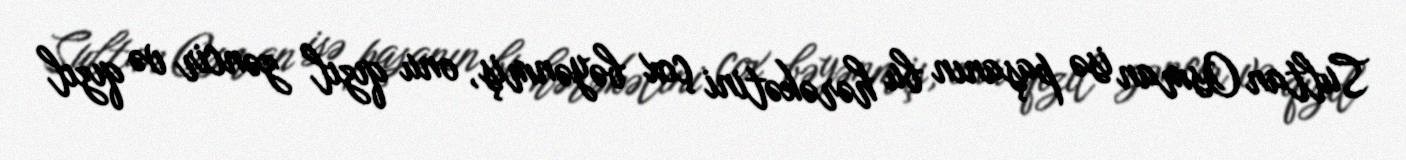
Sultan Osman isə paşanın bu hərəkətini çox bəyənmiş, onu qızıl zəncir və qızıl